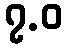
၇.ဝ